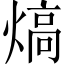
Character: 熇